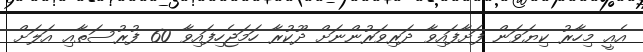
އެއީ މިހާރު ކިޔަވަން ފަށާފައިވާ ދަރިވަރުންނަށް ދޫކުރާ ހަމަޖެހިފައިވާ 60 ފުރުސަތާއި އަލަށް